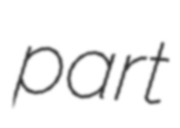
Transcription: part